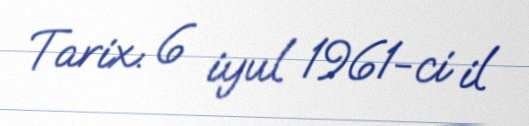
Tarix: 6 iyul 1961-ci il